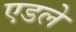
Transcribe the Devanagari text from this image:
एडले